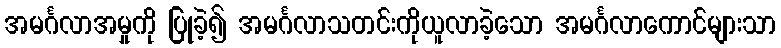
အမင်္ဂလာအမှုကို ပြုခဲ့၍ အမင်္ဂလာသတင်းကိုယူလာခဲ့သော အမင်္ဂလာကောင်များသာ